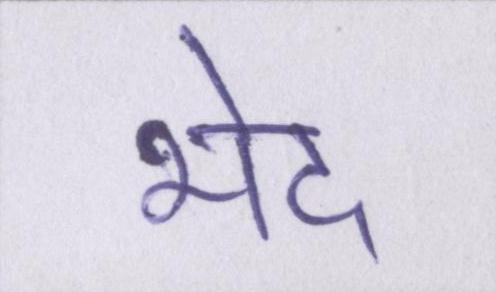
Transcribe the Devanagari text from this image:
भेद